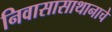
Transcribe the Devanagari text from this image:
निवासासाथानाचे